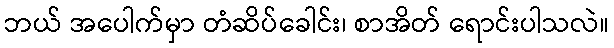
ဘယ် အပေါက်မှာ တံဆိပ်ခေါင်း၊ စာအိတ် ရောင်းပါသလဲ။